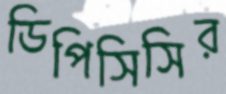
ডিপিসিসির